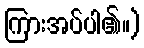
ကြားအပ်ပါ၏။)